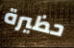
حظيرة